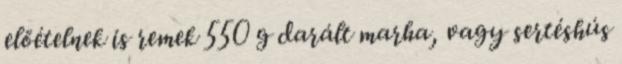
előételnek is remek 550 g darált marha, vagy sertéshús